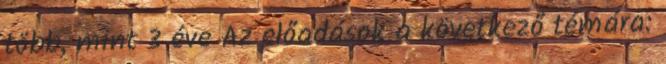
több, mint 3 éve Az előadások a következő témára: